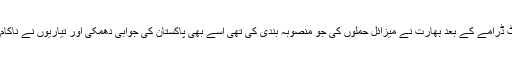
بالاکوٹ ڈرامے کے بعد بھارت نے میزائل حملوں کی جو منصوبہ بندی کی تھی اسے بھی پاکستان کی جوابی دھمکی اور تیاریوں نے ناکام بنا دیا۔